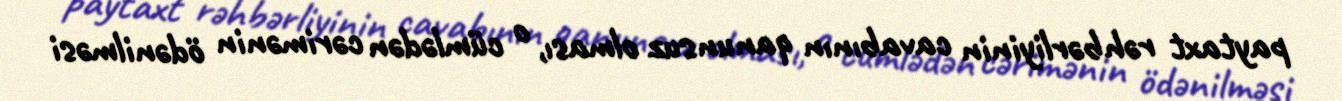
paytaxt rəhbərliyinin cavabının qanunsuz olması, o cümlədən cərimənin ödənilməsi